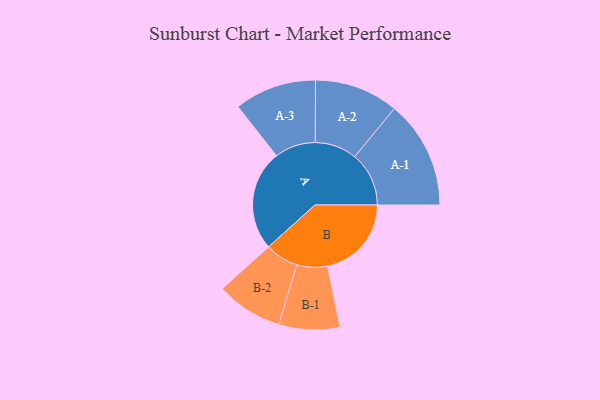
{"axis": {"x": "Segment", "y": "Value"}, "legend": ["", "A", "B"], "data": [{"x": "A", "y": 429, "type": ""}, {"x": "B", "y": 358, "type": ""}, {"x": "A-1", "y": 231, "type": "A"}, {"x": "A-2", "y": 179, "type": "A"}, {"x": "A-3", "y": 175, "type": "A"}, {"x": "B-1", "y": 130, "type": "B"}, {"x": "B-2", "y": 142, "type": "B"}]}